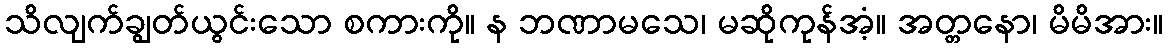
သိလျက်ချွတ်ယွင်းသော စကားကို။ န ဘဏာမသေ၊ မဆိုကုန်အံ့။ အတ္တနော၊ မိမိအား။